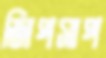
জিপসাপ